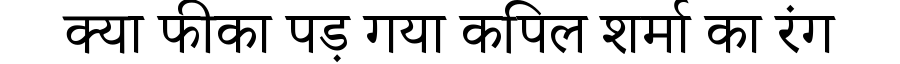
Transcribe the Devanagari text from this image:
क्या फीका पड़ गया कपिल शर्मा का रंग